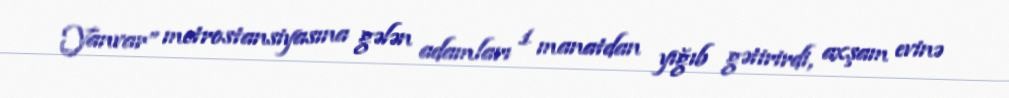
Yanvar” metrostansiyasına gələn adamları 1 manatdan yığıb gətirirdi, axşam evinə